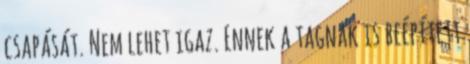
csapását. Nem lehet igaz. Ennek a tagnak is beépített